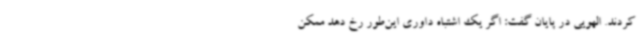
کردند. الهویی در پایان گفت: اگر یک اشتباه داوری این‌طور رخ دهد ممکن